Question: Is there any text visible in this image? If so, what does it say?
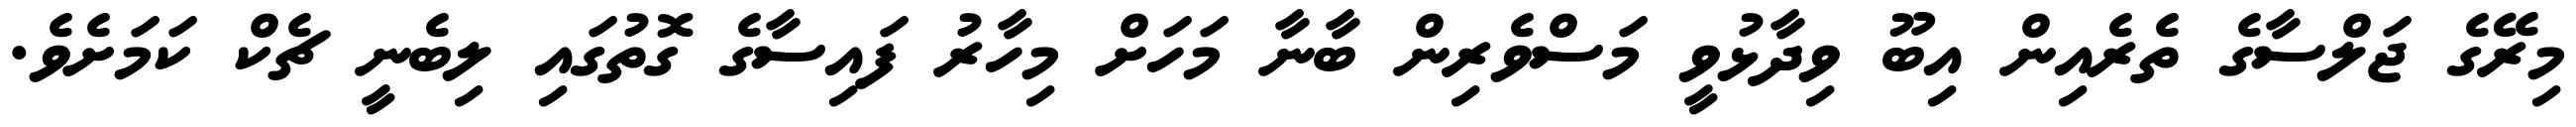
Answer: މިރޭގެ ޖަލްސާގެ ތެރެއިން އިބޫ ވިދާޅުވީ މަސްވެރިން ބާނާ މަހަށް މިހާރު ފައިސާގެ ގޮތުގައި ލިބެނީ ޗެކް ކަމަށެވެ.